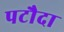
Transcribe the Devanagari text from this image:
पटौदा